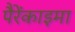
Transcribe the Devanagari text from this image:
पैरेंकाइमा